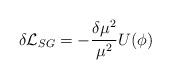
LaTeX: \begin{align*}\delta {\cal {L}}_{SG}=-\frac{\delta \mu ^{2}}{\mu ^{2}}U(\phi )\end{align*}